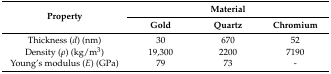
<table><thead><tr><td rowspan="2"><b>Property</b></td><td colspan="3"><b>Material</b></td></tr><tr><td><b>Gold</b></td><td><b>Quartz</b></td><td><b>Chromium</b></td></tr></thead><tbody><tr><td>Thickness (<i>d</i>) (nm)</td><td>30</td><td>670</td><td>52</td></tr><tr><td>Density (<i>ρ</i>) (kg/m<sup>3</sup>)</td><td>19,300</td><td>2200</td><td>7190</td></tr><tr><td>Young’s modulus (<i>E</i>) (GPa)</td><td>79</td><td>73</td><td>-</td></tr></tbody></table>